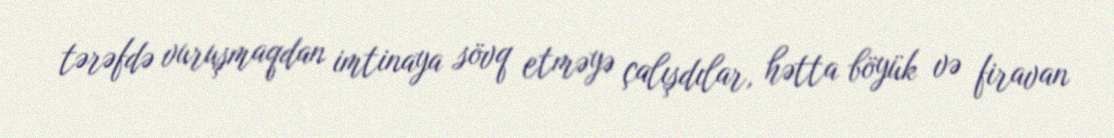
tərəfdə vuruşmaqdan imtinaya sövq etməyə çalışdılar, hətta böyük və firavan